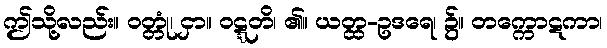
ဤသို့လည်း။ ဝတ္တုံ၊ ငှာ။ ဝဋ္ဋတိ၊ ၏။ ယတ္ထ-ဥဒရေ၊ ၌။ တက္ကောဋကာ၊